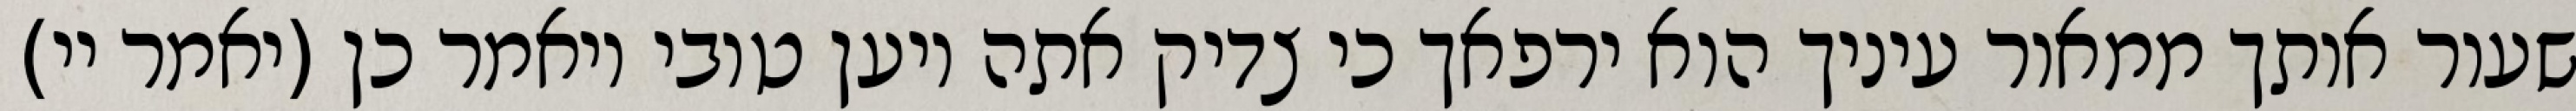
שעור אותך ממאור עיניך הוא ירפאך כי צדיק אתה ויען טובי ויאמר כן (יאמר יי)